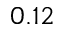
0 . 1 2